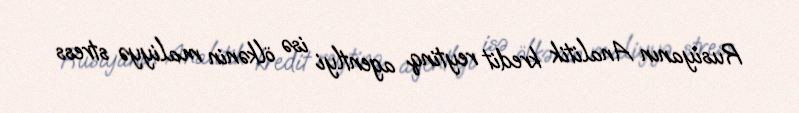
Rusiyanın Analitik kredit reytinq agentlyi isə ölkənin maliyyə stress